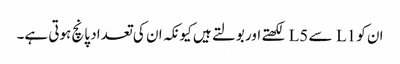
ان کو L1 سے L5 لکھتے اور بولتے ہیں کیونکہ ان کی تعداد پانچ ہوتی ہے۔